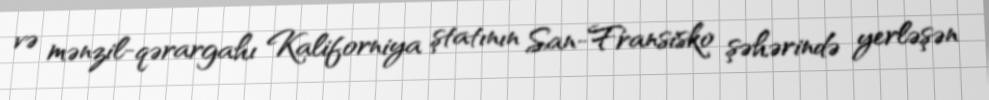
və mənzil-qərargahı Kaliforniya ştatının San-Fransisko şəhərində yerləşən